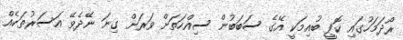
ރޯދަމަހުގައި ކޮފީ ބުއިމަކީ އޭގެ ސަބަބުން ސިއްހަތަށް ވަރަށް ގިނަ ނޭދެވޭ އަސަރުތަކެއް